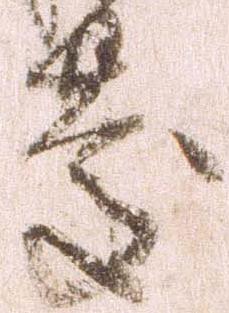
慶